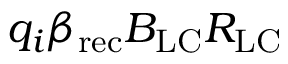
q _ { i } \beta _ { \mathrm { r e c } } B _ { \mathrm { L C } } R _ { \mathrm { L C } }